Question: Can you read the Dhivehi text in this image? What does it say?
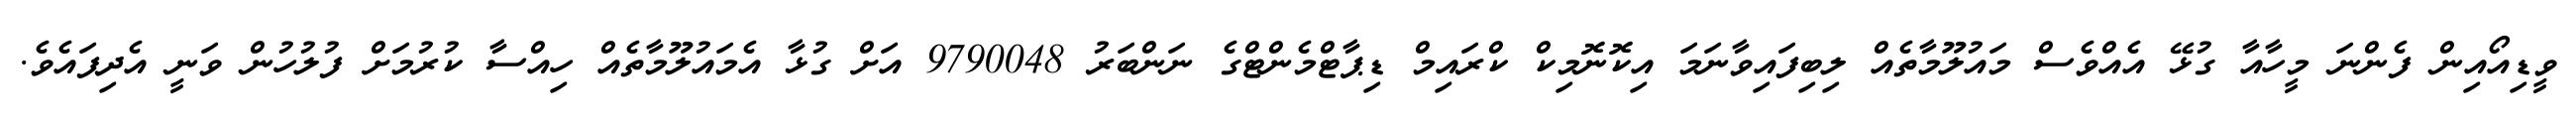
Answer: ވީޑިއޯއިން ފެންނަ މީހާއާ ގުޅޭ އެއްވެސް މައުލޫމާތެއް ލިބިފައިވާނަމަ އިކޮނޮމިކް ކްރައިމް ޑިޕާޓްމެންޓްގެ ނަންބަރު 9790048 އަށް ގުޅާ އެމައުލޫމާތެއް ހިއްސާ ކުރުމަށް ފުލުހުން ވަނީ އެދިފައެވެ.